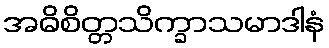
အဓိစိတ္တသိက္ခာသမာဒါနံ